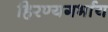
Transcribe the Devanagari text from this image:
हिरण्यगर्भाय